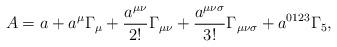
LaTeX: \begin{align*}A = a + a^{\mu}\Gamma_{\mu} + \frac{a^{\mu\nu}}{2!}\Gamma_{\mu\nu} +\frac{a^{\mu\nu\sigma}}{3!}\Gamma_{\mu\nu\sigma} + a^{0123}\Gamma_5 ,\end{align*}